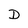
Character: D